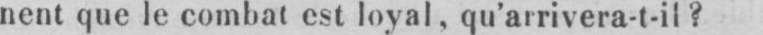
nent que le combat est loyal, qu’arrivera-t-il?